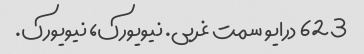
623 درایو سمت غربی. نیویورک، نیویورک.